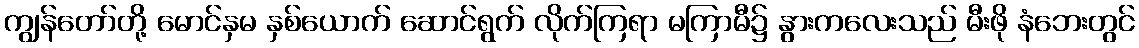
ကျွန်တော်တို့ မောင်နှမ နှစ်ယောက် ဆောင်ရွက် လိုက်ကြရာ မကြာမီ၌ နွားကလေးသည် မီးဖို နံဘေးတွင်